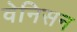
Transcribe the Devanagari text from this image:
वेनिसन